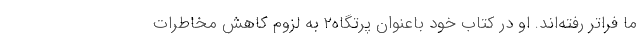
ما فراتر رفته‌اند. او در کتاب خود باعنوان پرتگاه۲ به لزوم کاهش مخاطرات